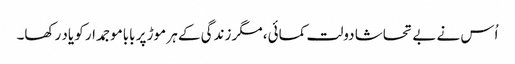
اُس نے بے تحاشا دولت کمائی، مگر زندگی کے ہر موڑ پر باباموجمدار کو یاد رکھا۔